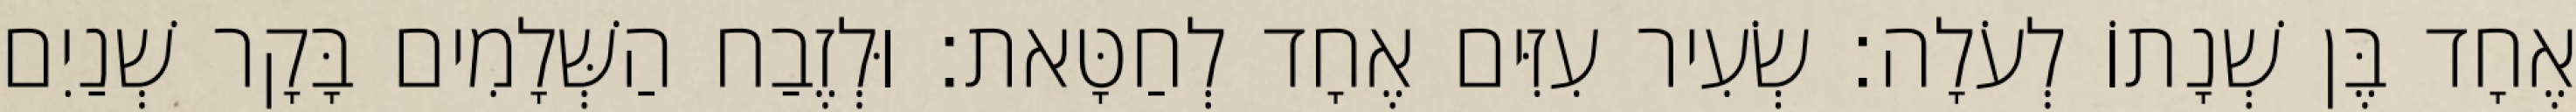
אֶחָד בֶּן שְׁנָתוֹ לְעֹלָה׃ שְׂעִיר עִזִּים אֶחָד לְחַטָּאת׃ וּלְזֶבַח הַשְּׁלָמִים בָּקָר שְׁנַיִם